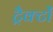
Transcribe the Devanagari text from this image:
ट्रैक्टों